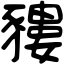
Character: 䝏